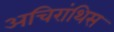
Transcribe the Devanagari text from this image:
अचिरांथिस